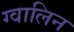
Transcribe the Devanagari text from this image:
ग्वालिन